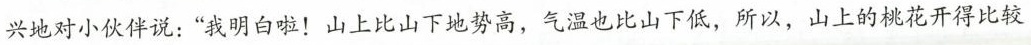
兴地对小伙伴说：”我明白啦！山上比山下地势高，气温也比山下低，所以，山上的桃花开得比较